Report on vaccination in Madras 1922-1929 - 1922-1929
Year: 1922
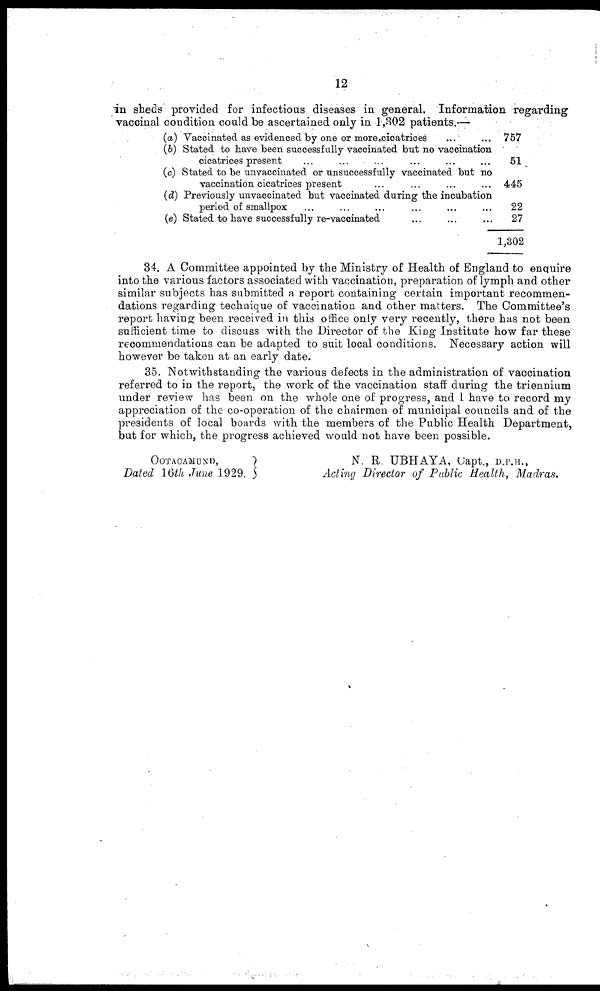
12
in sheds provided for infectious diseases in general. Information regarding
vaccinal condition could be ascertained only in 1,302 patients.—
(a) Vaccinated as evidenced by one or more cicatrices ... ...
(b) Stated to have been successfully vaccinated but no vaccination
cicatrices present ... ... ... ... ... ...
(c) Stated to be unvaccinated or unsuccessfully vaccinated but no
vaccination cicatrices present ... ... ... ...
(d) Previously unvaccinated but vaccinated during the incubation
period of smallpox ... ... ... ... ... ...
(e) Stated to have successfully re-vaccinated ... ... ...
757
51
445
22
27
1,302
34. A Committee appointed by the Ministry of Health of England to enquire
into the various factors associated with vaccination, preparation of lymph and other
similar subjects has submitted a report containing certain important recommen-
dations regarding technique of vaccination and other matters. The Committee's
report having been received in this office only very recently, there has not been
sufficient time to discuss with the Director of the King Institute how far these
recommendations can be adapted to suit local conditions. Necessary action will
however be taken at an early date.
35. Notwithstanding the various defects in the administration of vaccination
referred to in the report, the work of the vaccination staff during the triennium
under review has been on the whole one of progress, and 1 have to record my
appreciation of the co-operation of the chairmen of municipal councils and of the
presidents of local boards with the members of the Public Health Department,
but for which, the progress achieved would not have been possible.
OOTACAMUND,
Dated 16th June 1929.
N. R. UBHAYA, Capt., D.P.H.,
Acting Director of Public Health,
Madras.